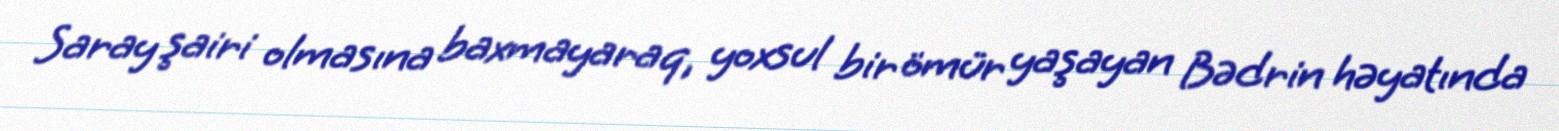
Saray şairi olmasına baxmayaraq, yoxsul bir ömür yaşayan Bədrin həyatında